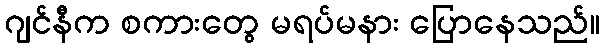
ဂျင်နီက စကားတွေ မရပ်မနား ပြောနေသည်။